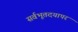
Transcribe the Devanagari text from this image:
सर्वभूतदयापर